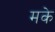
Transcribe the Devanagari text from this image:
मके